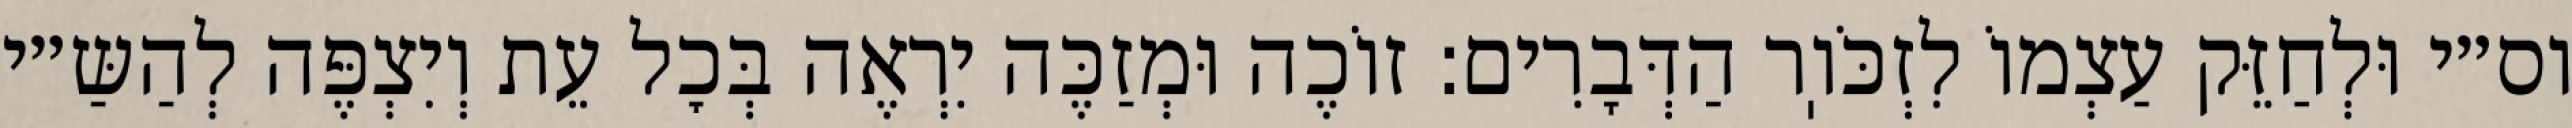
וס״י וּלְחַזֵּק עַצְמוֹ לִזְכֹּוֽר הַדְּבָרִים: זוֹכֶה וּמְזַכֶּה יִרְאֶה בְּכׇל עֵת וְיִצְפֶּה לְהַשַּ״י